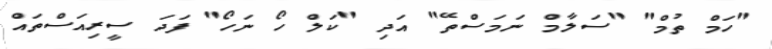
"ހަމް ތުމް" "ސަލާމް ނަމަސްތޭ" އަދި "ކަލް ހޯ ނަހޯ" ފަދަ ސީރިއަސްތައް